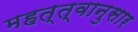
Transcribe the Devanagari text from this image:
महत्त्वानुसार